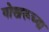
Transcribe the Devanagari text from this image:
गोखरूच्या